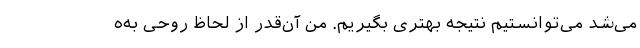
می‌شد می‌توانستیم نتیجه بهتری بگیریم. من آن‌قدر از لحاظ روحی به‌ه